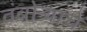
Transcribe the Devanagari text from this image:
तंबोऱ्याचे